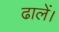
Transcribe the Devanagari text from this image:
ढालें।